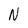
Character: N